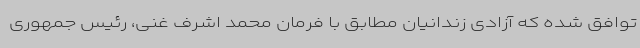
توافق شده که آزادی زندانیان مطابق با فرمان محمد اشرف غنی، رئیس جمهوری